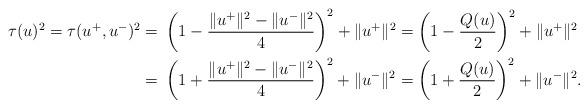
LaTeX: \begin{align*}\tau(u)^2=\tau(u^+,u^-)^2=&~\left(1-\frac{\Vert u^+\Vert^2-\Vert u^-\Vert^2}{4}\right)^2+\Vert u^+\Vert^2=\left(1-\frac{Q(u)}{2}\right)^2+\Vert u^+\Vert^2\\=&~\left(1+\frac{\Vert u^+\Vert^2-\Vert u^-\Vert^2}{4}\right)^2+\Vert u^-\Vert^2=\left(1+\frac{Q(u)}{2}\right)^2+\Vert u^-\Vert^2.\end{align*}